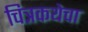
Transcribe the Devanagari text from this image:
चित्रकथेचा